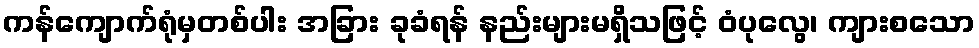
ကန်ကျောက်ရုံမှတစ်ပါး အခြား ခုခံရန် နည်းများမရှိသဖြင့် ဝံပုလွေ၊ ကျားစသော